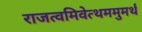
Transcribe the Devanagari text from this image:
राजत्वमिवेत्थममुमर्थं